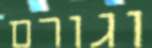
וגורם